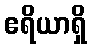
ဧရိယာရှိ